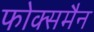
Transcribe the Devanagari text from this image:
फोक्समैन